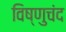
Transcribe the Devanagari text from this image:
विष्णुचंद